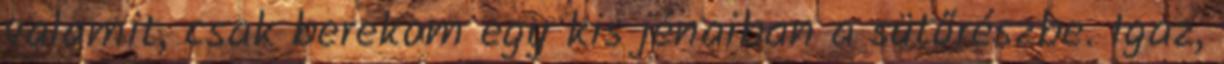
valamit, csak berekom egy kis jénaiban a sütőrészbe. Igaz,